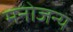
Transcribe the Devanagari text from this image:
मनोजन्य